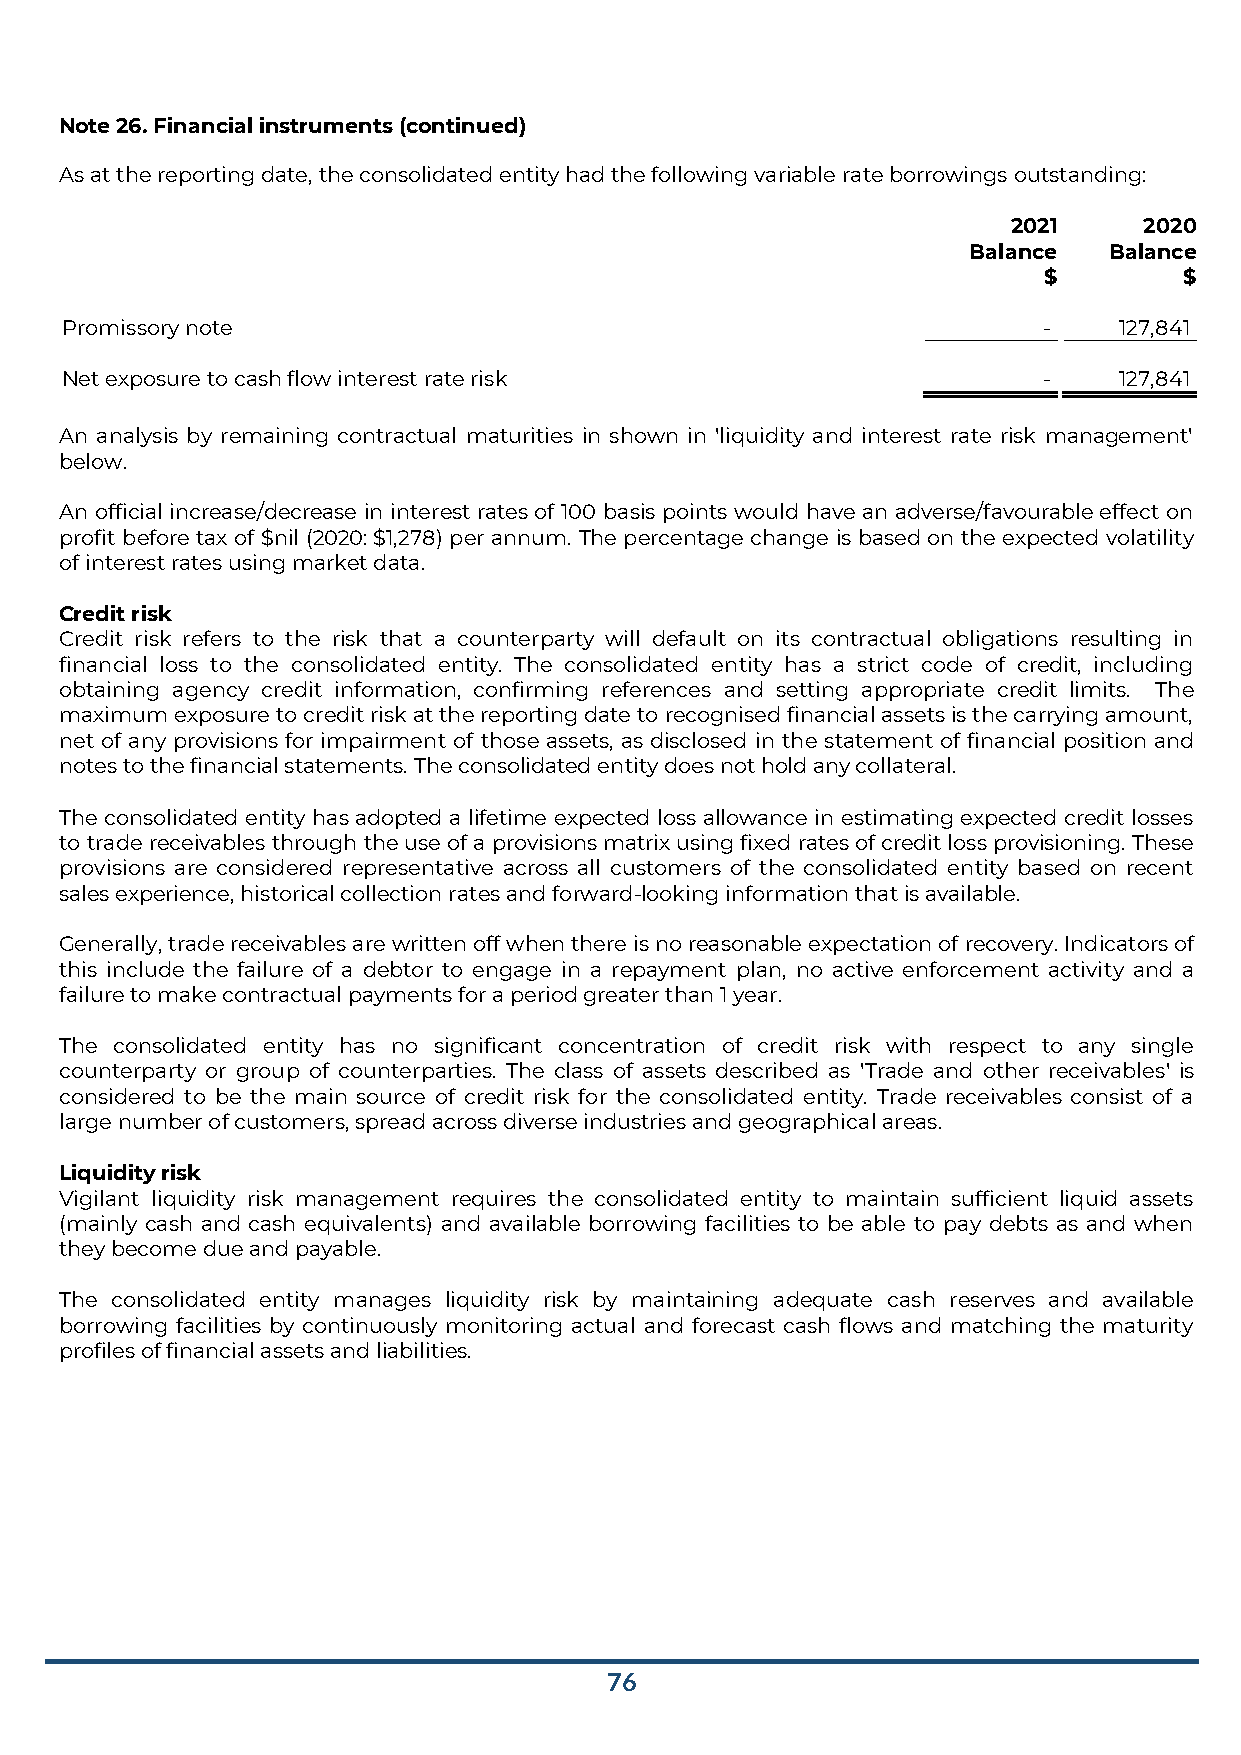
Note 26. Financial instruments (continued)
 As at the reporting date, the consolidated entity had the following variable rate borrowings outstanding:
 2021     2020
 Balance  Balance
 $        $
 Promissory note                                                  -    127,841
 Net exposure to cash flow interest rate risk                     -    127,841
 An analysis by remaining contractual maturities in shown in 'liquidity and interest rate risk management'
 below.
 An official increase/decrease in interest rates of 100 basis points would have an adverse/favourable effect on
 profit before tax of $nil (2020: $1,278) per annum. The percentage change is based on the expected volatility
 of interest rates using market data.
 Credit risk
 Credit risk refers to the risk that a counterparty will default on its contractual obligations resulting in
 financial loss to the consolidated entity. The consolidated entity has a strict code of credit, including
 obtaining agency credit information, confirming references and setting appropriate credit limits. The
 maximum exposure to credit risk at the reporting date to recognised financial assets is the carrying amount,
 net of any provisions for impairment of those assets, as disclosed in the statement of financial position and
 notes to the financial statements. The consolidated entity does not hold any collateral.
 The consolidated entity has adopted a lifetime expected loss allowance in estimating expected credit losses
 to trade receivables through the use of a provisions matrix using fixed rates of credit loss provisioning. These
 provisions are considered representative across all customers of the consolidated entity based on recent
 sales experience, historical collection rates and forward-looking information that is available.
 Generally, trade receivables are written off when there is no reasonable expectation of recovery. Indicators of
 this include the failure of a debtor to engage in a repayment plan, no active enforcement activity and a
 failure to make contractual payments for a period greater than 1 year.
 The consolidated entity has no significant concentration of credit risk with respect to any single
 counterparty or group of counterparties. The class of assets described as 'Trade and other receivables' is
 considered to be the main source of credit risk for the consolidated entity. Trade receivables consist of a
 large number of customers, spread across diverse industries and geographical areas.
 Liquidity risk
 Vigilant liquidity risk management requires the consolidated entity to maintain sufficient liquid assets
 (mainly cash and cash equivalents) and available borrowing facilities to be able to pay debts as and when
 they become due and payable.
 The consolidated entity manages liquidity risk by maintaining adequate cash reserves and available
 borrowing facilities by continuously monitoring actual and forecast cash flows and matching the maturity
 profiles of financial assets and liabilities.
 76